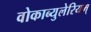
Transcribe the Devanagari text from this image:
वोकाब्युलेरियम्